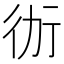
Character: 𭄤